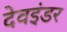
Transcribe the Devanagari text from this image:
देवइंडर